Vaccination report Assam 1874-1896 - 1874-1896
Year: 1874
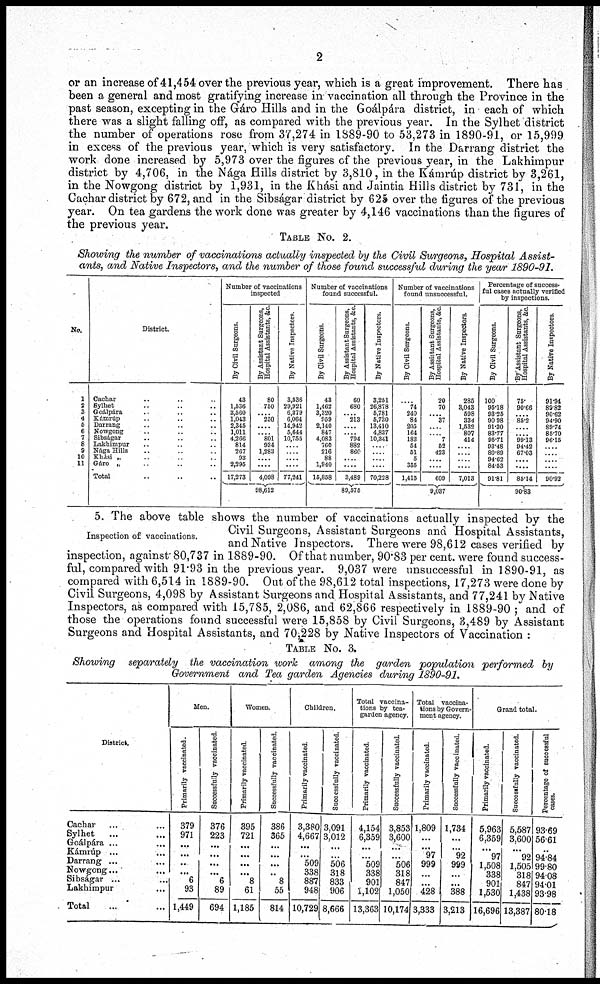
2
or an increase of 41,454 over the previous year, which is a great improvement. There has
been a general and most gratifying increase in vaccination all through the Province in the
past season, excepting in the Gáro Hills and in the Goálpára district, in each of which
there was a slight falling off, as compared with the previous year. In the Sylhet district
the number of operations rose from 37,274 in 1889-90 to 53,273 in 1890-91, or 15,999
in excess of the previous year, which is very satisfactory. In the Darrang district the
work done increased by 5,973 over the figures of the previous year, in the Lakhimpur
district by 4,706, in the Nága Hills district by 3,810, in the Kámrúp district by 3,261,
in the Nowgong district by 1,931, in the Khási and Jaintia Hills district by 731, in the
Cachar district by 672, and in the Sibságar district by 625 over the figures of the previous
year. On tea gardens the work done was greater by 4,146 vaccinations than the figures of
the previous year.
TABLE No. 2.
Showing the number of vaccinations actually inspected by the Civil Surgeons, Hospital Assist-
ants, and Native Inspectors, and the number of those found successful during the year 1890-91.
No.
1
2
3
4
5 6
7
8
9
10
11
District.
Cachar .. .. ..
Sylhet .. .. ..
Goálpára .. .. ..
Kámrúp .. .. ..
Darrang .. .. ..
Nowgong .. .. ..
Sibságar .. .. ..
Lakhimpur .. .. ..
Nága Hills .. .. ..
Khási „ .. .. ..
Gáro „ .. .. ..
Total .. .. ..
Number of vaccinations
inspected
By Civil Surgeons.
43
1,536
3,560
1,043
2,345
1,011
4,266
814
267
93
2,295
17,273
By Assistant Surgeons,
Hospital Assistants, &c.
80
750
.... 250
....
.... 801
934
1,283
....
....
4,098
By Native Inspectors.
3,536
29,921
6,379
6,064
14,942
5,644
10,755
....
....
....
....
77,241
98,612
Number of vaccinations
found successful.
By Civil Surgeons
43
1,462
3,320
959
2,140
847
4,083
760
216
88
1,940
15,858
By Assistant Surgeons,
Hospital Assistants, &c.
60
680
.... 213
....
.... 794
882
860
....
....
3,489
By Native Inspectors.
3,251
26,878
5,781
5,730
13,410
4,837
10,341
....
....
....
....
70,228
89,575
Number of vaccinations
found unsuccessful.
By Civil Surgeons.
....
74
240
84
205
164
183
54
51
5
355
1,415
By Assistant Surgeons,
Hospital Assistants, & c.
20
70
.... 37
....
....
7
52
423
....
....
609
By Native Inspectors.
285
3,043
598
334
1,532
807
414
....
....
....
....
7,013
9,037
Percentage of success-
ful cases actually verified
by inspections.
By Civil Surgeons.
100
95.18
93.25
90.98
91.30
83.77
95.71
93.48
80.89
94.62
84.53
91.81
By Assistant Surgeons,
Hospital Assistants, &c.
75.
90.66
.... 85.2
....
.... 99.13
94.42
67.03
....
....
85.14
By Native Inspectors.
91.94
89.82
90.62
94.90
89.74
85.70
96.15
....
....
....
....
90.92
90.83
Inspection of vaccinations.
5. The above table shows the number of vaccinations actually inspected by the
Civil Surgeons, Assistant Surgeons and Hospital Assistants,
and Native Inspectors. There were 98,612 cases verified by
inspection, against 80,737 in 1889-90. Of that number, 90.83 per cent. were found success-
ful, compared with 91.93 in the previous year. 9,037 were unsuccessful in 1890-91, as
compared with 6,514 in 1889-90. Out of the 98,612 total inspections, 17,273 were done by
Civil Surgeons, 4,098 by Assistant Surgeons and Hospital Assistants, and 77,241 by Native
Inspectors, as compared with 15,785, 2,086, and 62,866 respectively in 1889-90 ; and of
those the operations found successful were 15,858 by Civil Surgeons, 3,489 by Assistant
Surgeons and Hospital Assistants, and 70,228 by Native Inspectors of Vaccination :
TABLE No. 3.
Showing separately the vaccination work among the garden population performed by
Government and Tea garden Agencies during 1890-91.
District.
Cachar ... ...
Sylhet ... ...
Goálpára ... ...
Kámrúp ... ...
Darrang ... ...
Nowgong ... ...
Sibságar ... ...
Lakhimpur ... ...
Total ... ...
Men.
Primarily vaccinated.
379
971
...
...
..
...
6
93
1,449
Successfully vaccinated.
376
223
...
...
...
...
6
89
694
Women.
Primarily vaccinated
395
721
...
...
...
...
8
61
1,185
Successfully vaccinated.
386
365
...
...
...
...
8
55
814
Children.
Primarily vaccinated
3,380
4,667
...
...
509
338
887
948
10,729
Successfully vaccinated.
3,091
3,012
...
506
318
833
906
8,666
Total vaccina-
tions by tea-
garden agency.
Primarily vaccinated.
4,154
6,359
...
...
509
338
901
1,102
13,363
Successfully vaccinated.
3,853
3,600
...
...
506
318
847
1,050
10,174
Total vaccina-
tions by Govern-
ment agency.
Primarily vaccinated.
1,809
...
...
97
999
...
...
428
3,333
Successfully vaccinated.
1,734
...
...
92
999
...
...
388
3,213
Grand total.
Primarily vaccinated.
5,963
6,359
...
97
1,508
338
901
1,530
16,696
Successfully vaccinated.
5,587
3,600
...
92
1,505
318
847
1,438
13,387
Percentage of successful
cases.
93.69
56.61
...
94.84
99.80
94.08
94.01
93.98
80.18